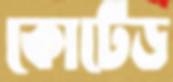
কোটেড